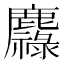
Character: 䴪